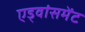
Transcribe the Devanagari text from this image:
एड्वांसमेंट